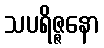
သပရိဇ္ဇနော